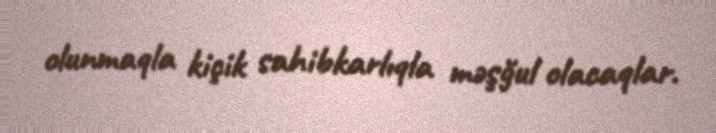
olunmaqla kiçik sahibkarlıqla məşğul olacaqlar.